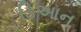
ડિઆન